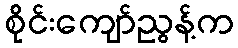
စိုင်းကျော်ညွန့်က